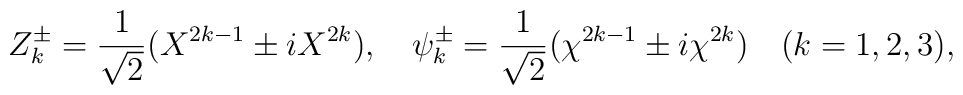
Z^{\pm}_k={1\over \sqrt{2}}(X^{2k-1} \pm iX^{2k}),\quad\psi^{\pm}_k={1\over \sqrt{2}}(\chi^{2k-1} \pm i\chi^{2k})\quad (k=1,2,3),